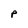
Character: p